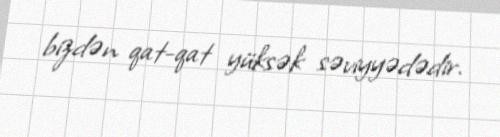
bizdən qat-qat yüksək səviyyədədir.